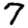
Digit: 7